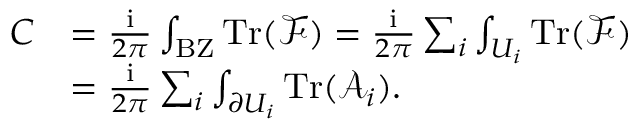
\begin{array} { r l } { C } & { = \frac { \mathrm { i } } { 2 \pi } \int _ { \mathrm { B Z } } \mathrm { T r } ( \mathcal { F } ) = \frac { \mathrm { i } } { 2 \pi } \sum _ { i } \int _ { U _ { i } } \mathrm { T r } ( \mathcal { F } ) } \\ & { = \frac { \mathrm { i } } { 2 \pi } \sum _ { i } \int _ { \partial U _ { i } } \mathrm { T r } ( \mathcal { A } _ { i } ) . } \end{array}